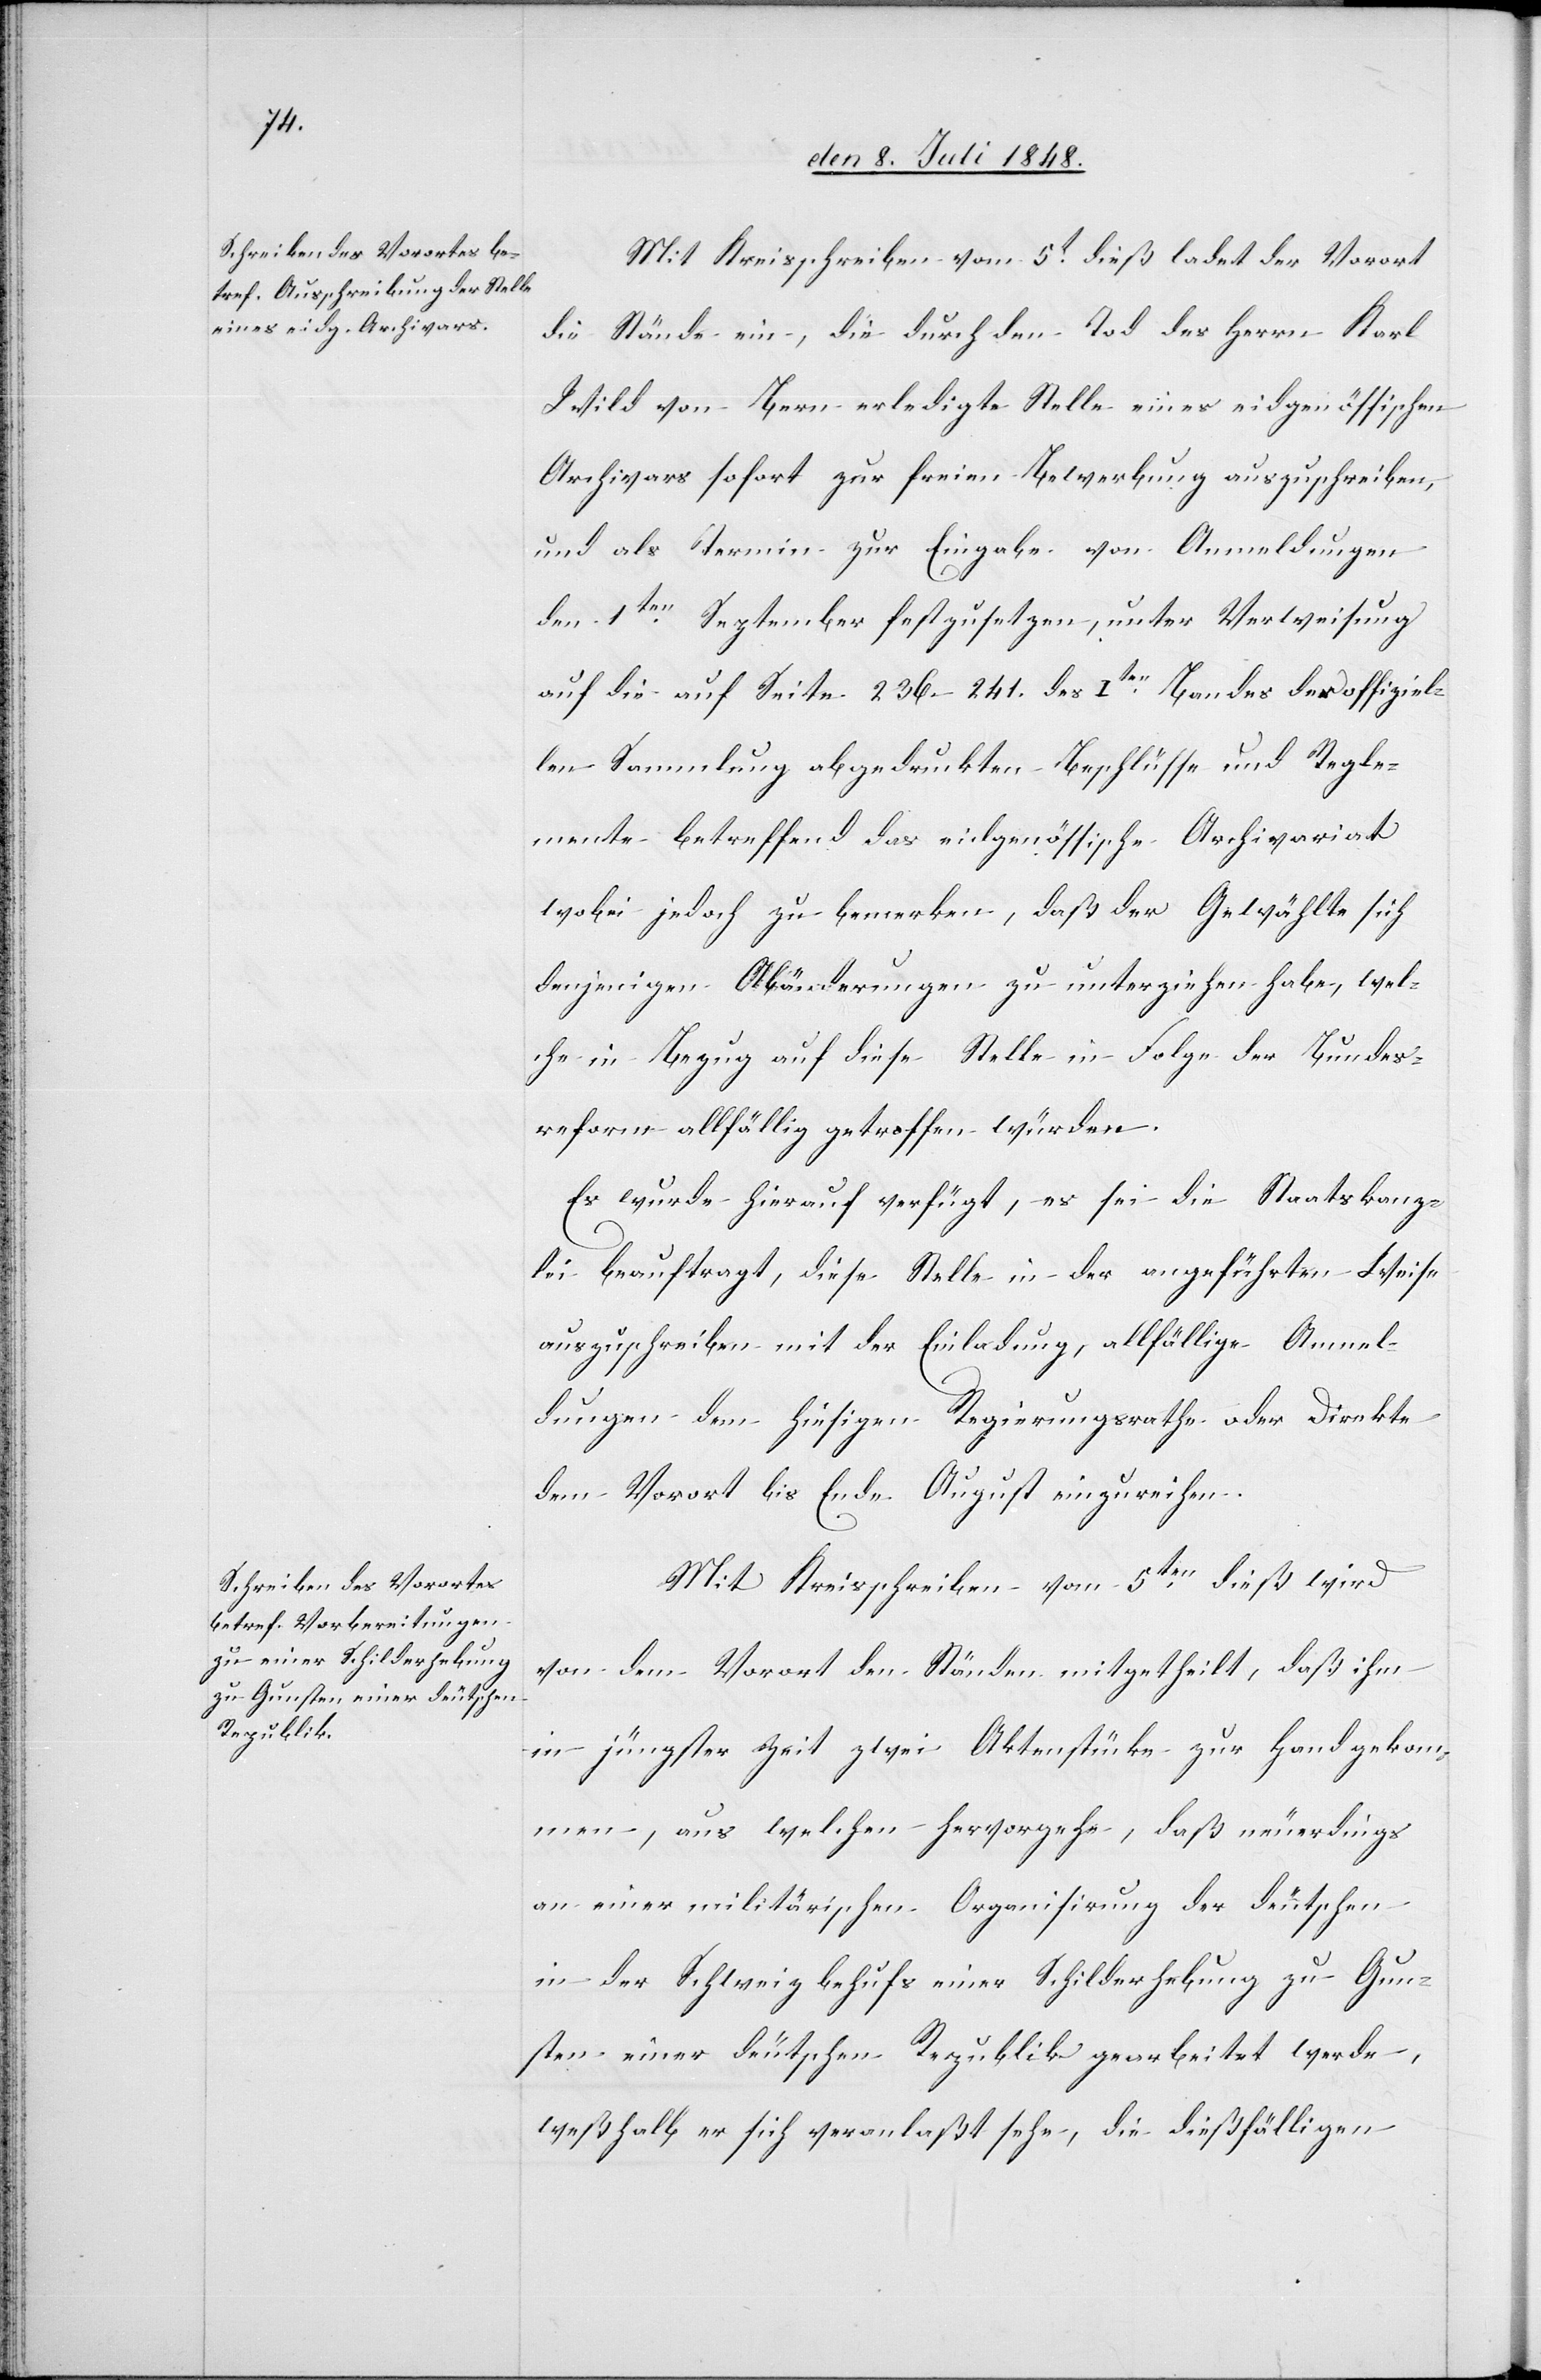
den 10t Juli 1848.]
Mit Kreisschreiben vom 5t dieß ladet der Vorort
die Stände ein, die durch den Tod des Herrn Karl
Wild von Bern erledigte Stelle eines eidgenössischen
Archivars sofort zur freien Bewerbung auszuschreiben,
und als Termin zur Eingabe von Anmeldungen
den 1ten September festzusetzen, unter Verweisung
auf die auf Seite 236–241. des Iten Bandes der offiziel¬
len Sammlung abgedruckten Beschlüsse und Regle¬
mente betreffend das eidgenössische Archivariat
wobei jedoch zu bemerken, daß der Gewählte sich
denjenigen Abänderungen zu unterziehen habe, wel¬
che in Bezug auf diese Stelle in Folge der Bundes¬
reform allfällig getroffen würden.
Es wurde hierauf verfügt, es sei die Staatskanz¬
lei beauftragt, diese Stelle in der angeführten Weise
auszuschreiben mit der Einladung, allfällige Anmel¬
dungen dem hiesigen Regierungsrathe oder Direkte
dem Vorort bis Ende August einzureichen.
Mit Kreisschreiben vom 5ten dieß wird
von dem Vorort den Ständen mitgetheilt, daß ihm
in jüngster Zeit zwei Aktenstücke zur Hand gekom¬
men, aus welchen hervorgehe, daß neuerdings
an einer militärischen Organisation der deutschen
in der Schweiz behufs einer Schilderhebung zu Gun¬
sten einer deutschen Republik gearbeitet werde,
weßhalb er sich veranlaßt sehe, die dießfälligen